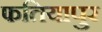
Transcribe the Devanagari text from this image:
फतियापुर